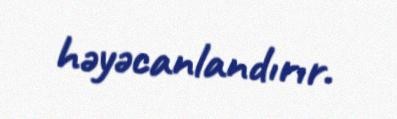
həyəcanlandırır.